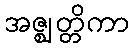
အဇ္ဈတ္တိကာ